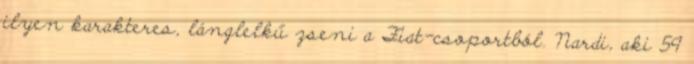
ilyen karakteres, lánglelkű zseni a Fiat-csoportból. Nardi, aki 59